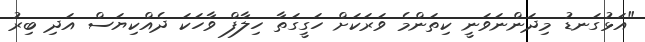
"އަޅުގަނޑު މިދަންނަވަނީ ކިތަންމެ ވަރަކަށް ހަގީގަތާ ހިލާފް ވާހަކަ ދެއްކިޔަސް އަދި ބިރު